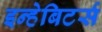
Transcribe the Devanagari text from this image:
इन्हेबिटर्स